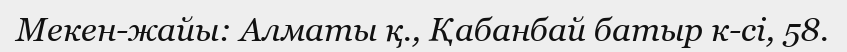
Мекен-жайы: Алматы қ., Қабанбай батыр к-сі, 58.